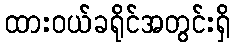
ထားဝယ်ခရိုင်အတွင်းရှိ